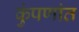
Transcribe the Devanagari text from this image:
कुंपणांत